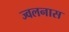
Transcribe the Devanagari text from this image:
ज्वलनास